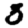
Digit: 3